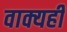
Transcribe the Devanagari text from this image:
वाक्यही